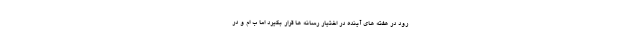
رود در هفته های آینده در اختیار رسانه ها قرار بگیرد اما ب ام و در